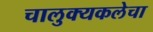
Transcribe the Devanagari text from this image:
चालुक्यकलेचा